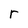
Character: r